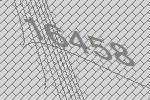
16458